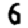
Digit: 6